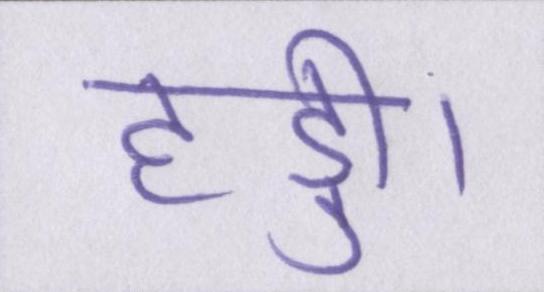
हड्डी